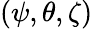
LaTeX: (\psi,\theta,\zeta)